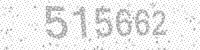
Solution: 515662